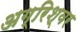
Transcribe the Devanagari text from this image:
अग्रिश्वर